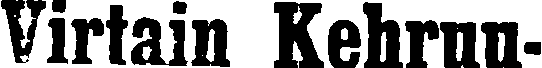
Virtain Kehruu-